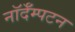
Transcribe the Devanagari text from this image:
नॉर्दॅम्पटन